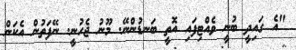
"އެ ގައިދީ ބުނީ ވެއްޓިފައި އޮތީ ބަނޑުންނޭ. މޫނު ޖެހުނީ. ނޭފަތުން އެކަން